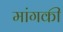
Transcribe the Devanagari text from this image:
मांगकी